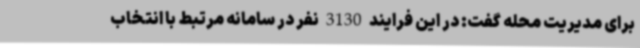
برای مدیریت محله گفت: در این فرایند 3130 نفر در سامانه مرتبط با انتخاب